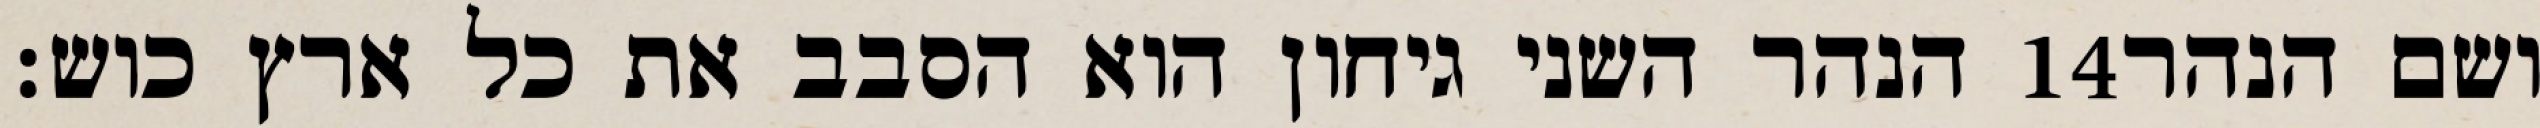
הנהר השני גיחון הוא הסבב את כל ארץ כוש׃ ‎14‏ ושם הנהר